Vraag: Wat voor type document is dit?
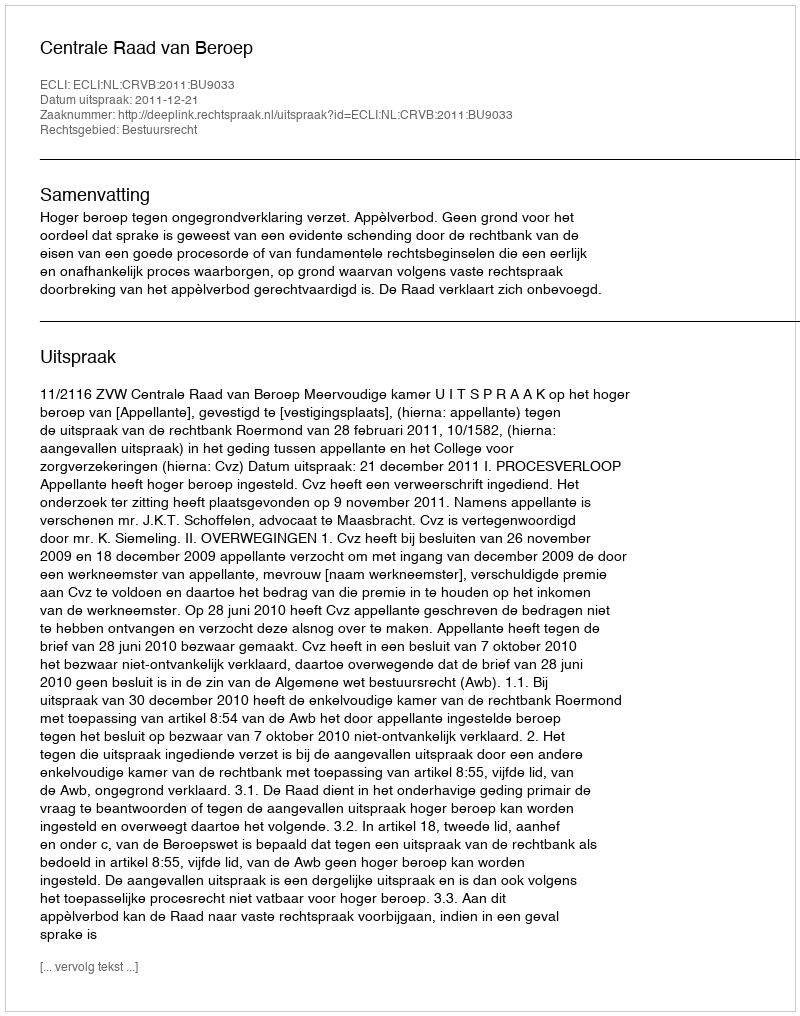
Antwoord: Uitspraak